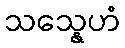
သသ္နေဟံ